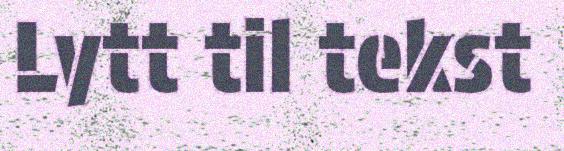
Lytt til tekst